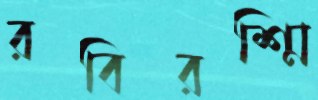
রবিরশ্মি